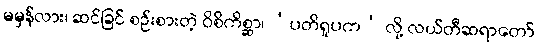
မမှန်လား၊ ဆင်ခြင် စဉ်းစားတဲ့ ဝိစိကိစ္ဆာ၊ ‘ပတိရူပက’ လို့ လယ်တီဆရာတော်